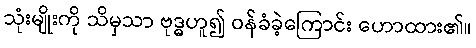
သုံးမျိုးကို သိမှသာ ဗုဒ္ဓဟူ၍ ဝန်ခံခဲ့ကြောင်း ဟောထား၏။